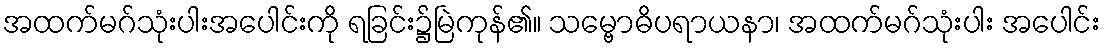
အထက်မဂ်သုံးပါးအပေါင်းကို ရခြင်း၌မြဲကုန်၏။ သမ္ဗောဓိပရာယနာ၊ အထက်မဂ်သုံးပါး အပေါင်း